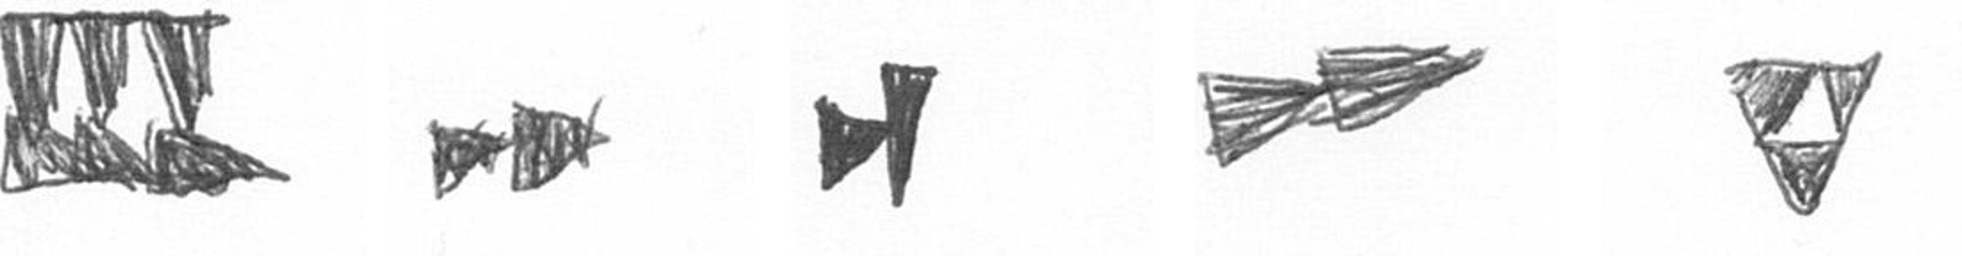
D A M A S